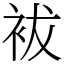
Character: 袚